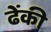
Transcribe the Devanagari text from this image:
ढेंकी